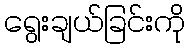
ရွေးချယ်ခြင်းကို